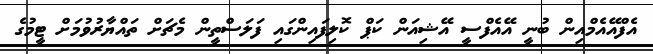
އެފްއޭއެމްއިން ބުނީ އޭއެފްސީ އޭޝިއަން ކަޕް ކޮލިފައިންގައި ފަލަސްތީން މެޗަށް ތައްޔާރުވުމަށް ޓީމުގެ